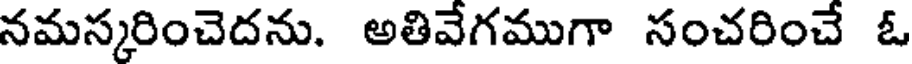
నమస్కరించెదను. అతివేగముగా సంచరించే ఓ